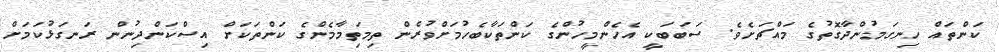
ކަންތައް ހިނގަމުންދާގޮތުގެ މައްޗަށެވެ. ސަބަބަކީ އެހެންމީހުންގެ ކަންތަކާބެހުމަށްވުރެން ތިމަތިމާމެންގެ ކަންތަކަށް އިސްކަންދިނުން ރަނގަޅުކަމަށް